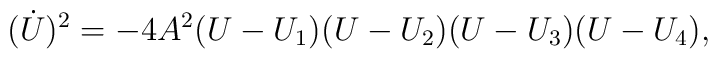
(\dot U)^2=-4A^2(U-U_1)(U-U_2)(U-U_3)(U-U_4),